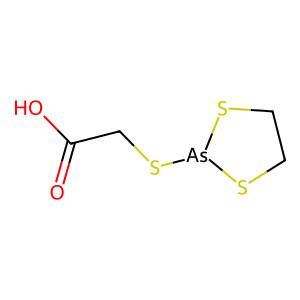
SMILES: O=C(O)CS[As]1SCCS1
Inhibits HIV replication: No